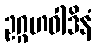
ဥဂ္ဂဟဝါဒိနံ